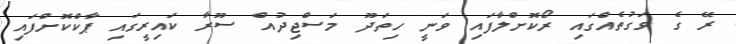
ރޭ ގެ ވަގުތެއްގައި ރޯކޮށްލާފައި ވަނީ ހިތަދޫ މަސްޖިދުއް ސޫރާ ކައިރީގައި ޕާކްކޮށްފައި